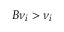
B { \nu } _ { i } > \nu _ { i }